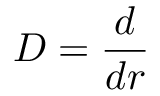
\boldsymbol { D } = \boldsymbol { \frac { d } { d r } }